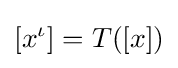
[x^{\iota }]=T([x])